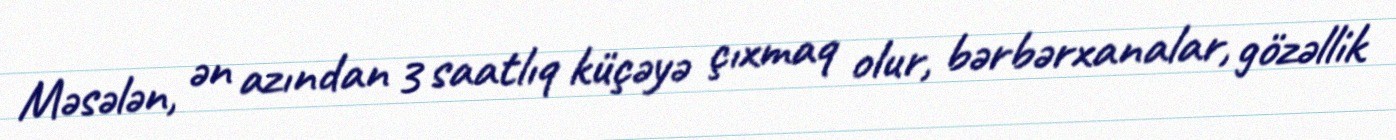
Məsələn, ən azından 3 saatlıq küçəyə çıxmaq olur, bərbərxanalar, gözəllik